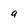
Character: a